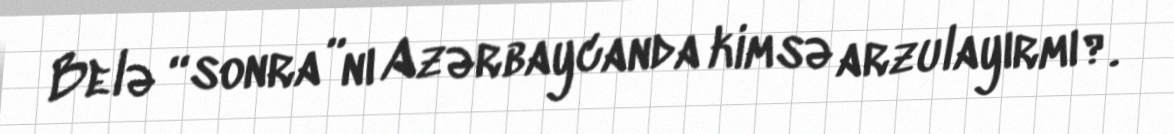
Belə “sonra”nı Azərbaycanda kimsə arzulayırmı?.